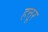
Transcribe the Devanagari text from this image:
हत्तूर